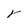
Character: Y